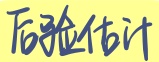
后验估计